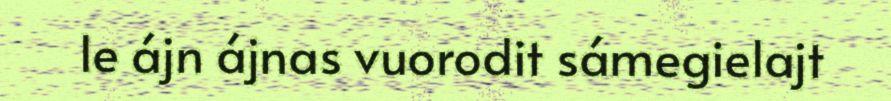
le ájn ájnas vuorodit sámegielajt